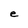
Character: e